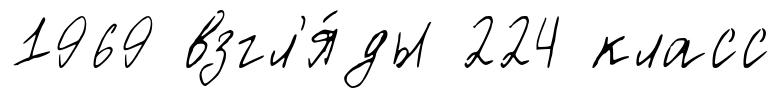
1969 взгл'я́ды 224 класс